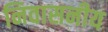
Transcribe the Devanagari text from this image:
निवासनीय